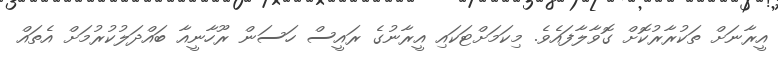
އީރާނަށް ތަކުރާރުކޮށް ގޮވާލާފައެވެ. މިކަމަށްޓަކައި އީރާނުގެ ރައީސް ހަސަން ރޫހާނީއާ ބައްދަލުކުރުމަށް އެތައް